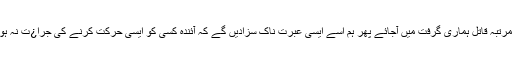
ایک مرتبہ قاتل ہماری گرفت میں آجائے پھر ہم اسے ایسی عبرت ناک سزادیں گے کہ آئندہ کسی کو ایسی حرکت کرنے کی جرا¿ت نہ ہوگی“۔